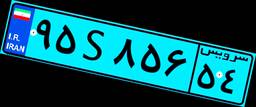
۹۵S۸۵۶۵۴